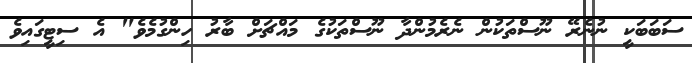
ސަބަބަކީ ނުނެރޭ ނޫސްތަކުން ނެރެމުންދާ ނޫސްތަކުގެ މައްޗަށް ބާރު ހިންގުމެވެ" އެ ސިޓީގައިވެ